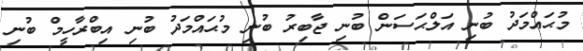
މުޙައްމަދު ބުނި އަލްޙަސަން ބުނި ޖާބިރު ބުނި މުޙައްމަދު ބުނި އިބްރާހީމް ބުނި